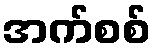
အက်စစ်